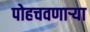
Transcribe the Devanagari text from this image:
पोहचवणाऱ्या